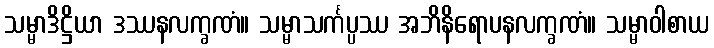
သမ္မာဒိဋ္ဌိယာ ဒဿနလက္ခဏံ။ သမ္မာသင်္ကပ္ပဿ အဘိနိရောပနလက္ခဏံ။ သမ္မာဝါစာယ